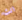
انت